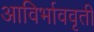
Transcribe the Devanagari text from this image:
आविर्भाववृती